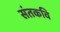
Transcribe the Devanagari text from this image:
संतकवि